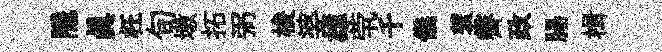
隠眞枉旬墩拓弼梭婆雄茕千儀蓑霽政腸楫